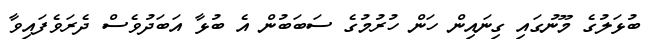
ބުޅަލުގެ މޫނުގައި ގިނައިން ހަން ހުރުމުގެ ސަބަބުން އެ ބުޅާ އަބަދުވެސް ދެރަވެފައިވާ